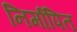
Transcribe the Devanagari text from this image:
निर्मापित